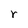
Character: r